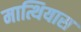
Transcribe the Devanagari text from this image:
मात्थियास